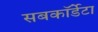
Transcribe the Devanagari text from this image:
सबकॉर्डेटा